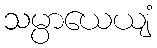
သမ္ပာယေယျံ